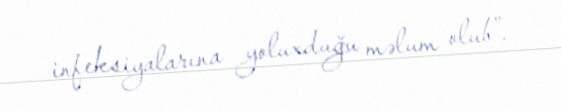
infeksiyalarına yoluxduğu məlum olub”.